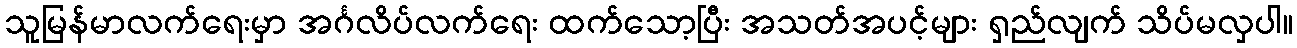
သူမြန်မာလက်ရေးမှာ အင်္ဂလိပ်လက်ရေး ထက်သော့ပြီး အသတ်အပင့်များ ရှည်လျက် သိပ်မလှပါ။